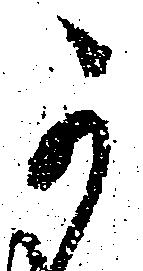
可